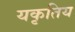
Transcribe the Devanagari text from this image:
यकृतिय